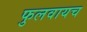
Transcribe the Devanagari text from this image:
फुलवायच